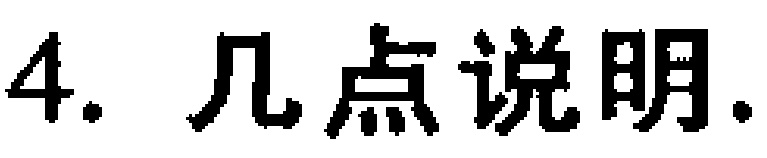
4. 几点说明.